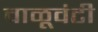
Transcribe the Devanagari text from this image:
वाळूवंटी